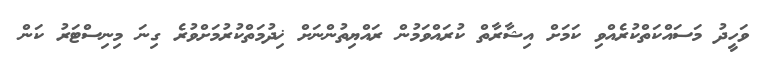
ވަހީދު މަސައްކަތްކުރެއްވި ކަމަށް އިޝާރާތް ކުރައްވަމުން ރައްޔިތުންނަށް ޚިދުމަތްކުރުމަށްވުރެ ގިނަ މިނިސްޓަރު ކަން